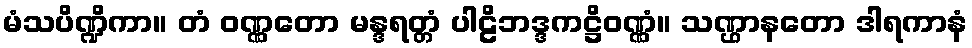
မံသပိဏ္ဍိကာ။ တံ ဝဏ္ဏတော မန္ဒရတ္တံ ပါဠိဘဒ္ဒကဋ္ဌိဝဏ္ဏံ။ သဏ္ဌာနတော ဒါရကာနံ